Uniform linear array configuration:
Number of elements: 48
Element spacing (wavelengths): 1
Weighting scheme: uniform
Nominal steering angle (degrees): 60
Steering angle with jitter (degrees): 60.461
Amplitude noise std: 0.05
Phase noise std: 0.05

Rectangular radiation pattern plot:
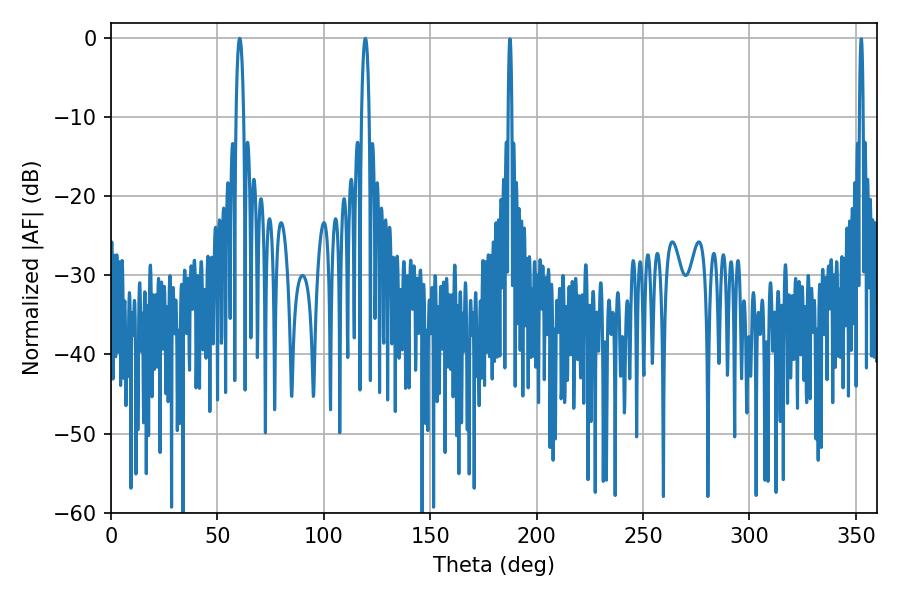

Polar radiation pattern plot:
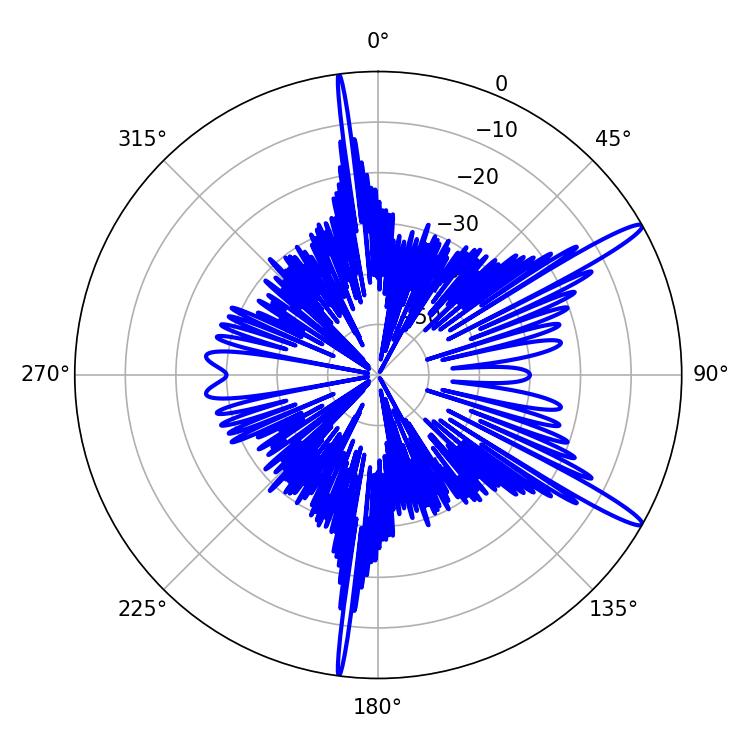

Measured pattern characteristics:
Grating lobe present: TRUE
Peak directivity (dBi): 14.742
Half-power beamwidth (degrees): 1.98
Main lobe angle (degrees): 60.48